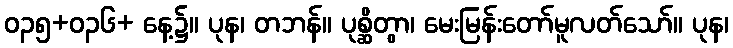
ဝ၃၅+ဝ၃၆+ နေ့၌။ ပုန၊ တဘန်။ ပုစ္ဆိတွာ၊ မေးမြန်းတော်မူလတ်သော်။ ပုန၊